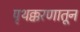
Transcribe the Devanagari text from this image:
पृथक्करणातून